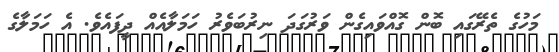
މަހުގެ ތެރޭގައި ބޮން ގޮއްވައިގެން ވަރުގަދަ ނިރުބަވެރު ހަމަލާއެއް ދީފައެވެ. އެ ހަމަލާގެ